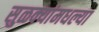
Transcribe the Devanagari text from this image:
सुळक्यांमधल्या